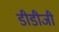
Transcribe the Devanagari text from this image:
डीडीजी